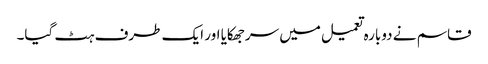
قاسم نے دوبارہ تعمیل میں سرجھکایا اور ایک طرف ہٹ گیا۔